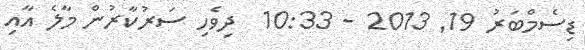
ޑިސެމްބަރު 19